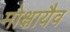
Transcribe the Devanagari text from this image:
मोक्षायैव